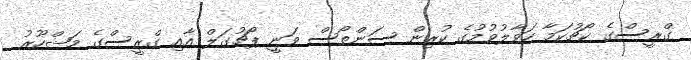
ގްރީސްގެ ކޯޗުކަމާ ހަވާލުވުމުގެ ކުރިން ސަންތޯސް ވަނީ ޕޯޗުގަލް އާއި ގްރީސްގެ މަޝްހޫރު